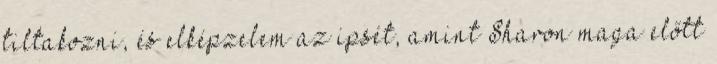
tiltakozni, és elképzelem az ipsét, amint Sharon maga előtt